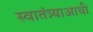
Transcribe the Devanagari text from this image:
स्वातंत्र्याआधी